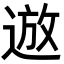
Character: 䢟